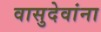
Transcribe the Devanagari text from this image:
वासुदेवांना